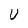
Character: U